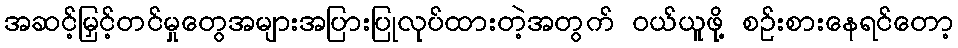
အဆင့်မြှင့်တင်မှုတွေအများအပြားပြုလုပ်ထားတဲ့အတွက် ဝယ်ယူဖို့ စဉ်းစားနေရင်တော့